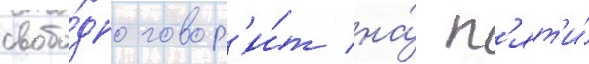
свобо́дно говор'и́т на́ п'ят'и́